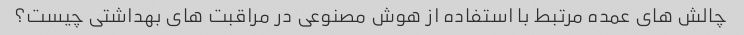
چالش های عمده مرتبط با استفاده از هوش مصنوعی در مراقبت های بهداشتی چیست؟